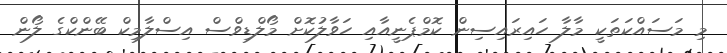
މި މަސައްކަތަކީ މާލާ ހައިރައިސިން ކޮމްޕެނީއާއި ހަވާލުކޮށް މޯލްޑިވްސް އިސްލާމިކް ބޭންކްގެ ލޯން